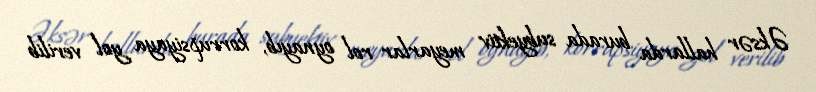
Əksər hallarda burada subyektiv meyarlar rol oynayıb, korrupsiyaya yol verilib